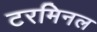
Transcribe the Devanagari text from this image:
टरमिनल